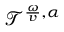
\mathcal { T } ^ { \frac { \omega } { v } , \alpha }